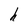
Character: h